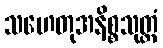
သဟေတုအနိစ္စသုတ္တံ